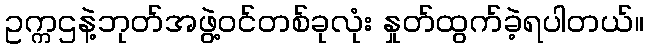
ဥက္ကဌနဲ့ဘုတ်အဖွဲ့ဝင်တစ်ခုလုံး နှုတ်ထွက်ခဲ့ရပါတယ်။